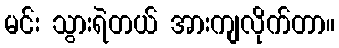
မင်း သွားရဲတယ် အားကျလိုက်တာ။